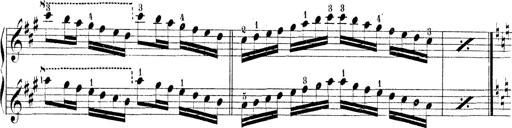
Title: Technische Studien
Composer: Franz Liszt